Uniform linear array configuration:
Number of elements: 12
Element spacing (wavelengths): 0.25
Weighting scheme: cosine
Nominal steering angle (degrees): -15
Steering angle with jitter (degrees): -15.509
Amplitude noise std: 0.05
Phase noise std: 0.05

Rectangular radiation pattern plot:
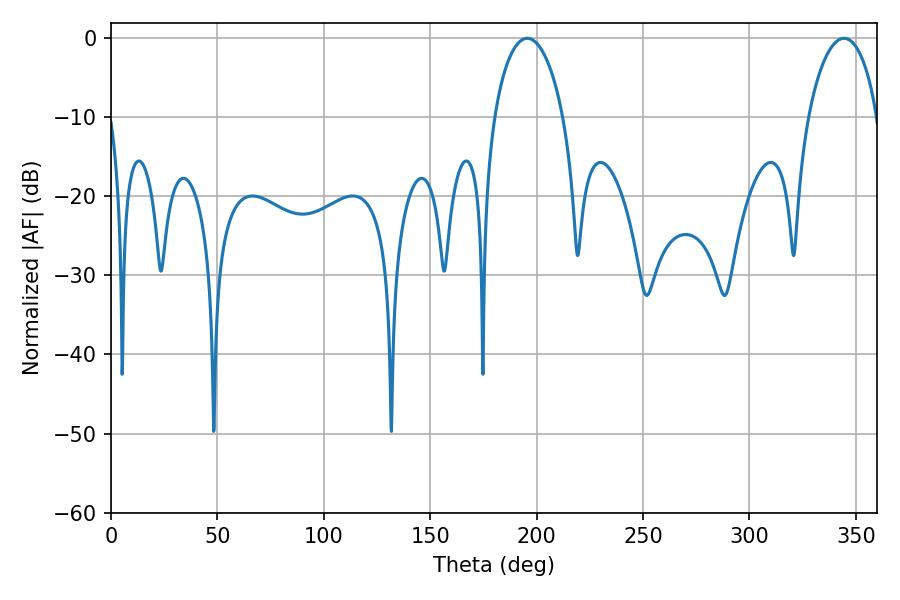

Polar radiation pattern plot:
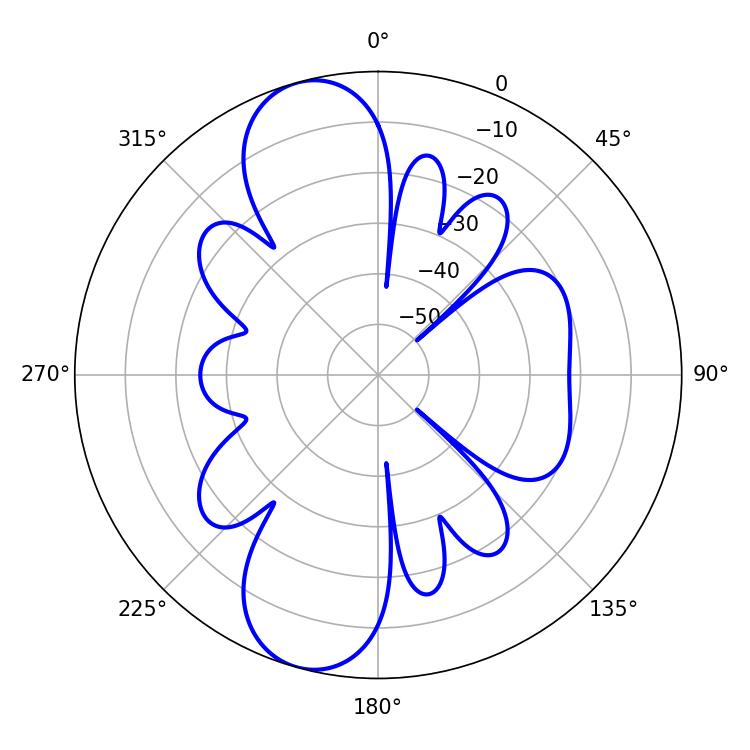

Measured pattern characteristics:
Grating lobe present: FALSE
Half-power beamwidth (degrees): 18.54
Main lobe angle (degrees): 195.48